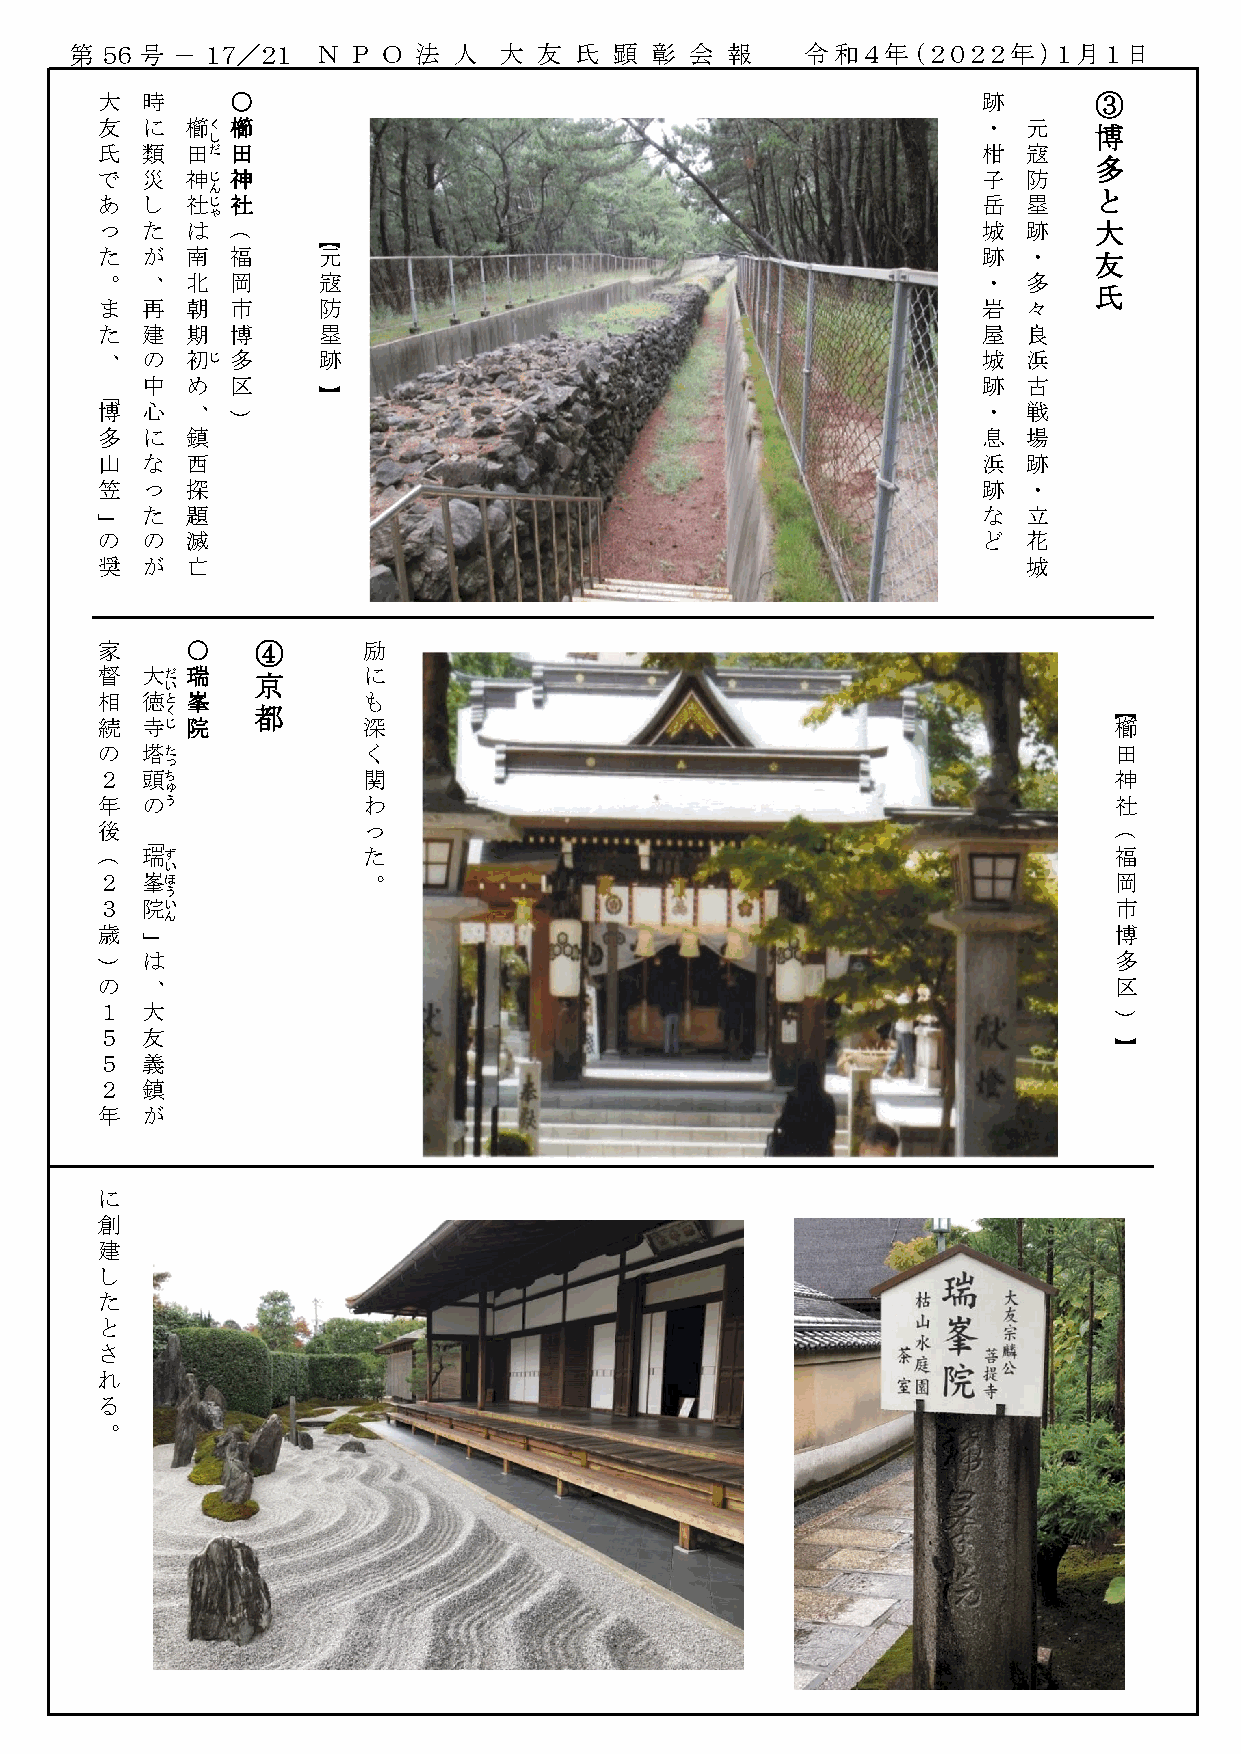
第 ５６ 号 － １７／２１  Ｎ Ｐ Ｏ 法  人  大  友 氏  顕 彰  会 報    令和４年（２０２２年）１月１日
 大  時     〇                                                 跡      ③
 友  に  櫛く 櫛                                                 ・  元
 博
 し
 氏  類  田だ 田                                                 柑  寇
 多
 で 災  神じ 神                                                 子  防
 ん                                                          と
 あ  し 社じ 社                                                 岳  塁
 ゃ
 っ  た  は  （     【                                           城  跡   大
 た が  南  福     元                                           跡  ・   友
 。  、  北  岡     寇                                           ・  多
 氏
 ま 再  朝  市     防                                           岩  々
 た 建  期  博     塁                                           屋  良
 、  の  初じ 多     跡                                           城  浜
 中  め  区                                                 跡  古
 「              】
 博  心  、  ）                                                 ・  戦
 多  に  鎮                                                    息  場
 山  な  西                                                    浜  跡
 笠  っ  探                                                    跡  ・
 た  題                                                    な  立
 」
 の の  滅                                                    ど  花
 奨  が  亡                                                       城
 家     〇    ④      励
 督  大だ 瑞
 京
 に
 い
 相  徳と 峯           も
 く     都                                                        【
 続  寺じ 院           深                                                 櫛
 の 塔た             く                                                 田
 っ
 ２ 頭ち             関                                                 神
 ゅ
 年  のう             わ                                                 社
 後  「              っ                                                 （
 （
 瑞ず             た                                                 福
 い
 ２ 峯ほ             。                                                 岡
 う
 ３ 院い                                                               市
 ん
 歳                                                                   博
 」
 は                                                                多
 ）
 の 、                                                                区
 １ 大
 ）
 ５ 友
 】
 ５ 義
 ２ 鎮
 年  が
 に
 創
 建
 し
 た
 と
 さ
 れ
 る
 。